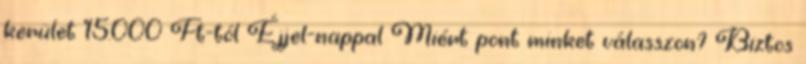
kerület 15.000 Ft-tól Éjjel-nappal Miért pont minket válasszon? Biztos